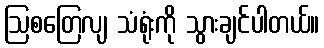
ဩစတြေလျ သံရုံးကို သွားချင်ပါတယ်။